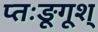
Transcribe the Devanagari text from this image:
प्तःङूगूश्